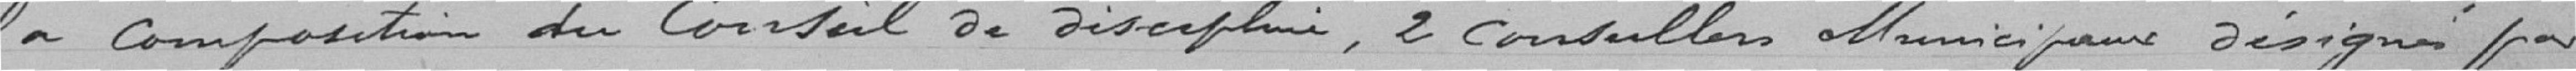
Conseil Municipal, - la composition du Courseil de Discipline, 2 conseillers allanicipaux Désignés par